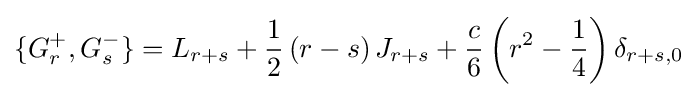
\{G_{r}^{+},G_{s}^{-}\}=L_{r+s}+{1 \over 2}\left(r-s\right)J_{r+s}+{c \over 6}\left(r^{2}-{1 \over 4}\right)\delta _{r+s,0}